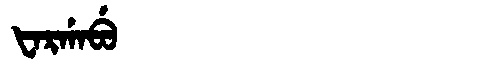
Manchu: ᡶᠠᡵᡤᠠᠪᡠ
Romanization: FARGABU